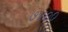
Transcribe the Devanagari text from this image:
७४००